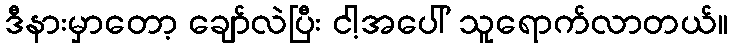
ဒီနားမှာတော့ ချော်လဲပြီး ငါ့အပေါ် သူရောက်လာတယ်။